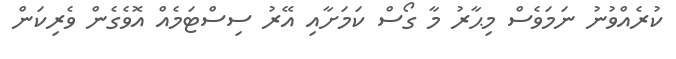
ކުރެއްވުނު ނަމަވެސް މިޙާރު މާ ގޯސް ކަމަށާއި އޭރު ސިސްޓަމެއް އޮވެގެން ވެރިކަން